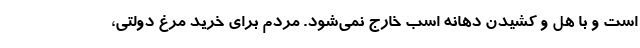
است و با هُل و کشیدن دهانه اسب خارج نمی‌شود. مردم برای خرید مرغ دولتی،